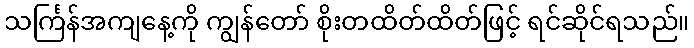
သင်္ကြန်အကျနေ့ကို ကျွန်တော် စိုးတထိတ်ထိတ်ဖြင့် ရင်ဆိုင်ရသည်။